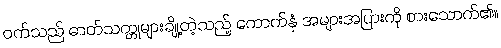
ဝက်သည် ဓာတ်သတ္တုများချို့တဲ့သည့် ကောက်နှံ အများအပြားကို စားသောက်၏။